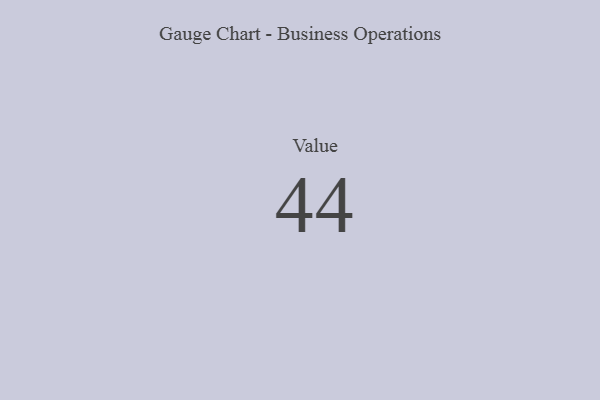
{"axis": {"x": "Metric", "y": "Value"}, "legend": [""], "data": [{"x": "Value", "y": 44, "type": ""}]}